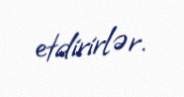
etdirirlər.